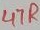
Text: 47R